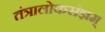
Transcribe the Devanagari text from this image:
तंत्रालोकसंज्ञम्